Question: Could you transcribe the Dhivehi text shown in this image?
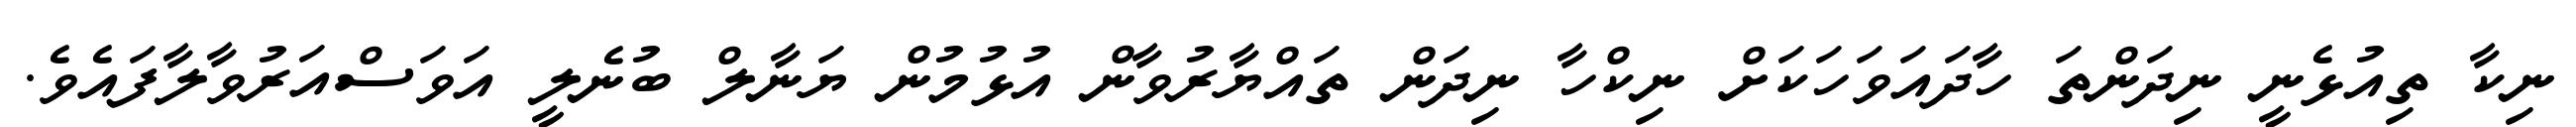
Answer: ނިކާ ތިއުޅެނީ ނިދަންތަ ހާދައަވަހަކަށް ނިކްހާ ނިދަން ތައްޔާރުވާން އުޅުމުން ޔަނާލް ބުނެލީ އަވަސްއަރުވާލާފައެވެ.